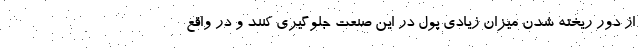
از دور ریخته شدن میزان زیادی پول در این صنعت جلوگیری کنند و در واقع